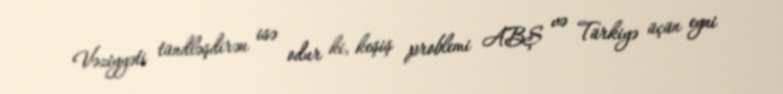
Vəziyyəti tündləşdirən isə odur ki, keşiş problemi ABŞ və Türkiyə üçün eyni